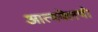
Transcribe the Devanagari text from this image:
आत्मक्लेषी